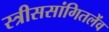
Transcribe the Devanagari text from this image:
स्त्रीससांगितलेंव